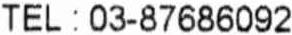
TEL : 03-87686092